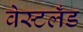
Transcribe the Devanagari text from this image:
वेस्टलँड